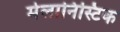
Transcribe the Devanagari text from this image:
मेलानिस्टिक